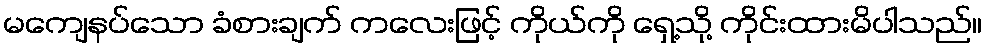
မကျေနပ်သော ခံစားချက် ကလေးဖြင့် ကိုယ်ကို ရှေ့သို့ ကိုင်းထားမိပါသည်။